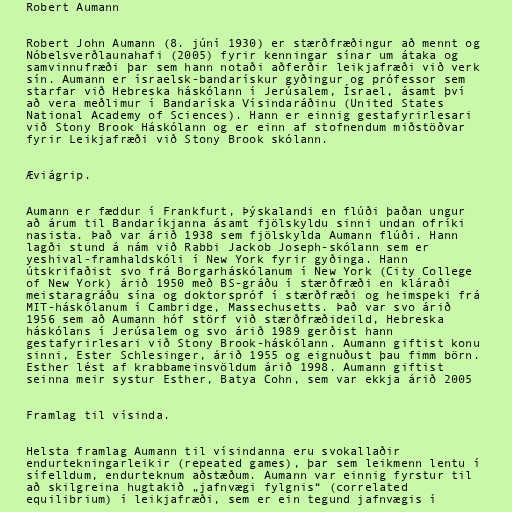
Robert Aumann

Robert John Aumann (8. júní 1930) er stærðfræðingur að mennt og
Nóbelsverðlaunahafi (2005) fyrir kenningar sínar um átaka og
samvinnufræði þar sem hann notaði aðferðir leikjafræði við verk
sín. Aumann er ísraelsk-bandarískur gyðingur og prófessor sem
starfar við Hebreska háskólann í Jerúsalem, Ísrael, ásamt því
að vera meðlimur í Bandaríska Vísindaráðinu (United States
National Academy of Sciences). Hann er einnig gestafyrirlesari
við Stony Brook Háskólann og er einn af stofnendum miðstöðvar
fyrir Leikjafræði við Stony Brook skólann.

Æviágrip.

Aumann er fæddur í Frankfurt, Þýskalandi en flúði þaðan ungur
að árum til Bandaríkjanna ásamt fjölskyldu sinni undan ofríki
nasista. Það var árið 1938 sem fjölskylda Aumann flúði. Hann
lagði stund á nám við Rabbi Jackob Joseph-skólann sem er
yeshival-framhaldskóli í New York fyrir gyðinga. Hann
útskrifaðist svo frá Borgarháskólanum í New York (City College
of New York) árið 1950 með BS-gráðu í stærðfræði en kláraði
meistaragráðu sína og doktorspróf í stærðfræði og heimspeki frá
MIT-háskólanum í Cambridge, Massechusetts. Það var svo árið
1956 sem að Aumann hóf störf við stærðfræðideild, Hebreska
háskólans í Jerúsalem og svo árið 1989 gerðist hann
gestafyrirlesari við Stony Brook-háskólann. Aumann giftist konu
sinni, Ester Schlesinger, árið 1955 og eignuðust þau fimm börn.
Esther lést af krabbameinsvöldum árið 1998. Aumann giftist
seinna meir systur Esther, Batya Cohn, sem var ekkja árið 2005

Framlag til vísinda.

Helsta framlag Aumann til vísindanna eru svokallaðir
endurtekningarleikir (repeated games), þar sem leikmenn lentu í
sífelldum, endurteknum aðstæðum. Aumann var einnig fyrstur til
að skilgreina hugtakið „jafnvægi fylgnis“ (correlated
equilibrium) í leikjafræði, sem er ein tegund jafnvægis í